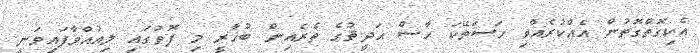
އެކިގޮތްގޮތުން އެއްކުރެއްވި ހަސަތޭކަ ހާސް ޙަދީޘުގެ ތެރެއިން ބުޚާރީ މި ފޮތުގައި ލިއުއްވާފައިވަނީ